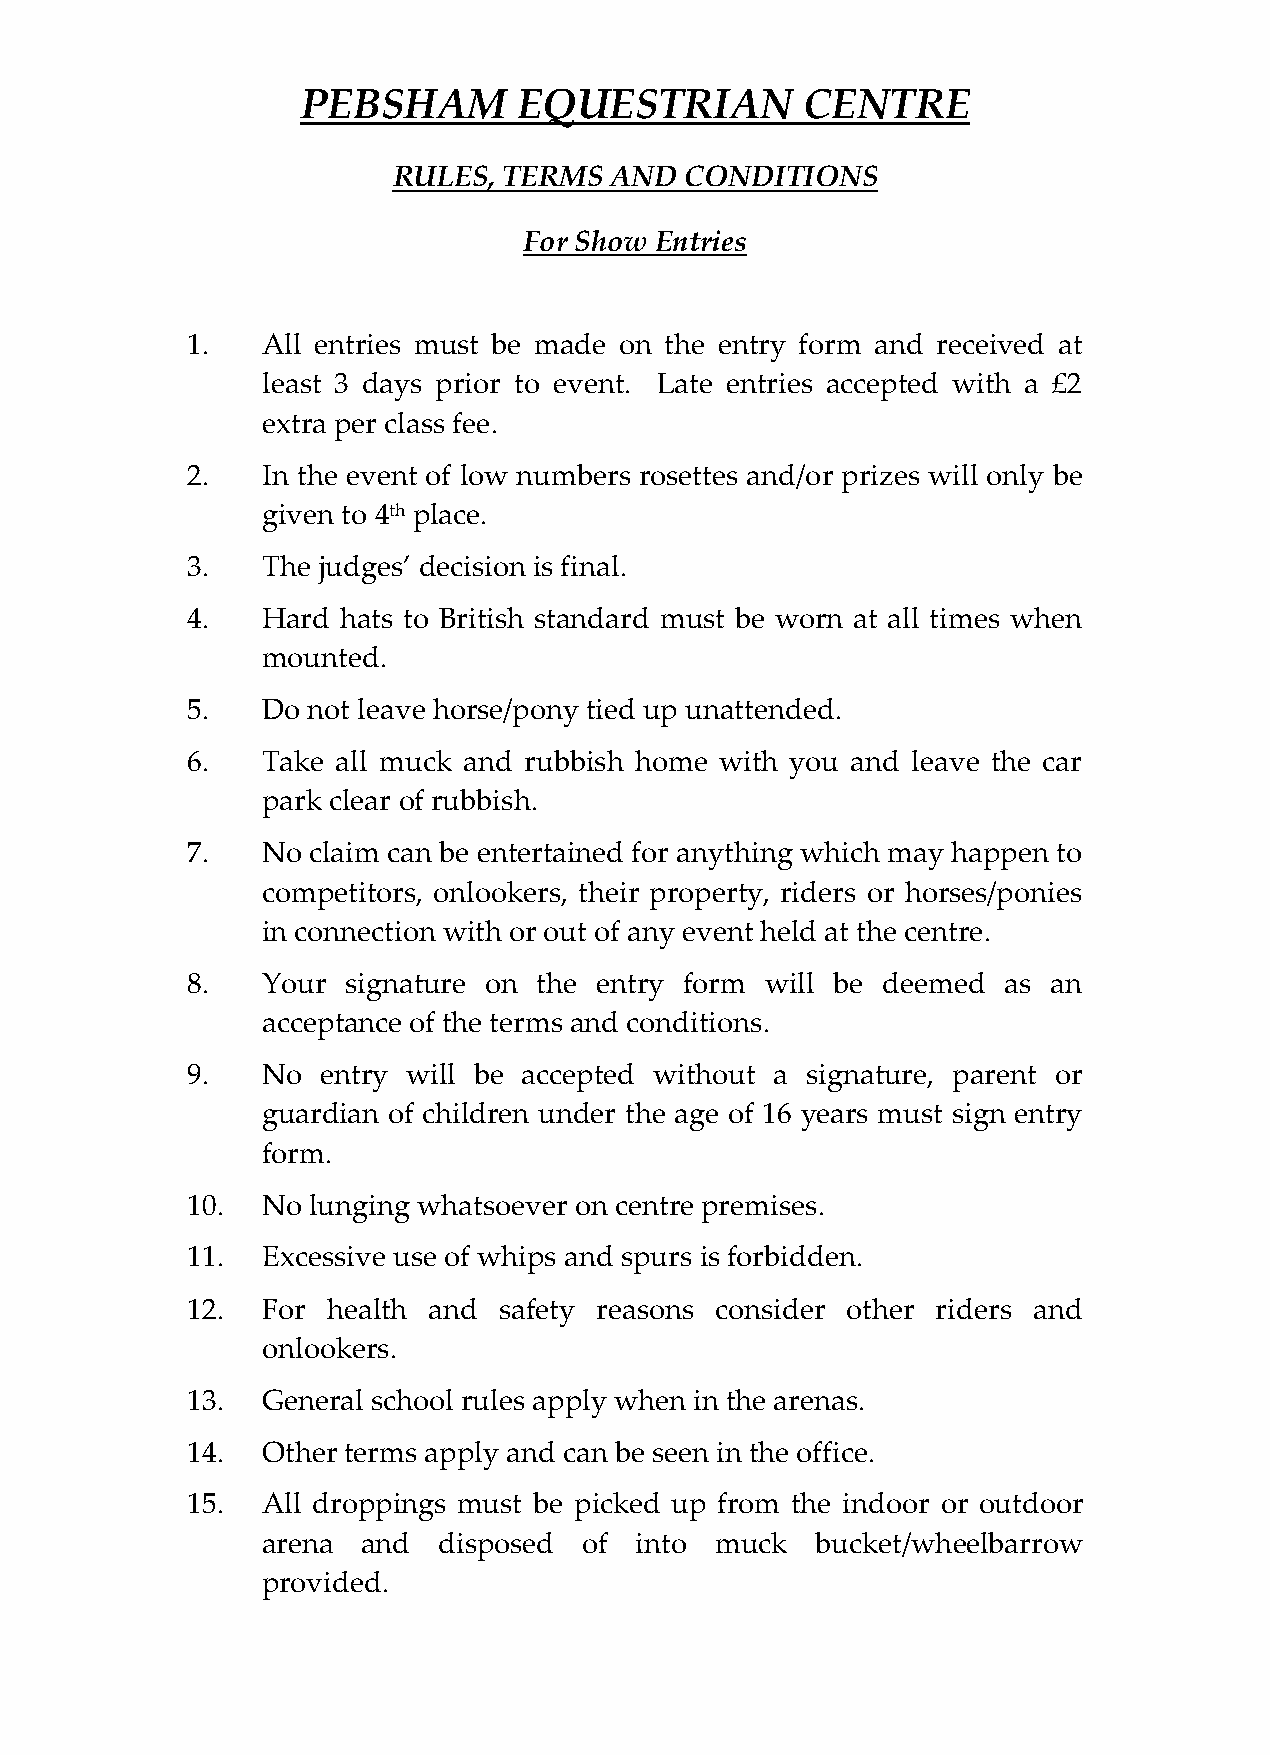
PEBSHAM       EQUESTRIAN         CENTRE
 RULES, TERMS  AND  CONDITIONS
 For Show Entries
 1.   All entries must be made on the entry form and received at
 least 3 days prior to event. Late entries accepted with a £2
 extra per class fee.
 2.   In the event of low numbers rosettes and/or prizes will only be
 given to 4th place.
 3.   The judges’ decision is final.
 4.   Hard  hats to British standard must be worn at all times when
 mounted.
 5.   Do not leave horse/pony tied up unattended.
 6.   Take all muck and rubbish home with you and leave the car
 park clear of rubbish.
 7.   No  claim can be entertained for anything which may happen to
 competitors, onlookers, their property, riders or horses/ponies
 in connection with or out of any event held at the centre.
 8.   Your  signature on the entry form will be deemed  as an
 acceptance of the terms and conditions.
 9.   No  entry will be accepted without a signature, parent or
 guardian of children under the age of 16 years must sign entry
 form.
 10.  No  lunging whatsoever on centre premises.
 11.  Excessive use of whips and spurs is forbidden.
 12.  For  health and safety reasons consider other riders and
 onlookers.
 13.  General school rules apply when in the arenas.
 14.  Other terms apply and can be seen in the office.
 15.  All droppings must be picked up from the indoor or outdoor
 arena  and  disposed  of into muck   bucket/wheelbarrow
 provided.